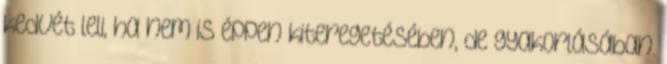
kedvét leli, ha nem is éppen kiteregetésében, de gyakorlásában.